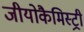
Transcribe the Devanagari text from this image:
जीयोकैमिस्ट्री